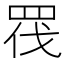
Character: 𭾬